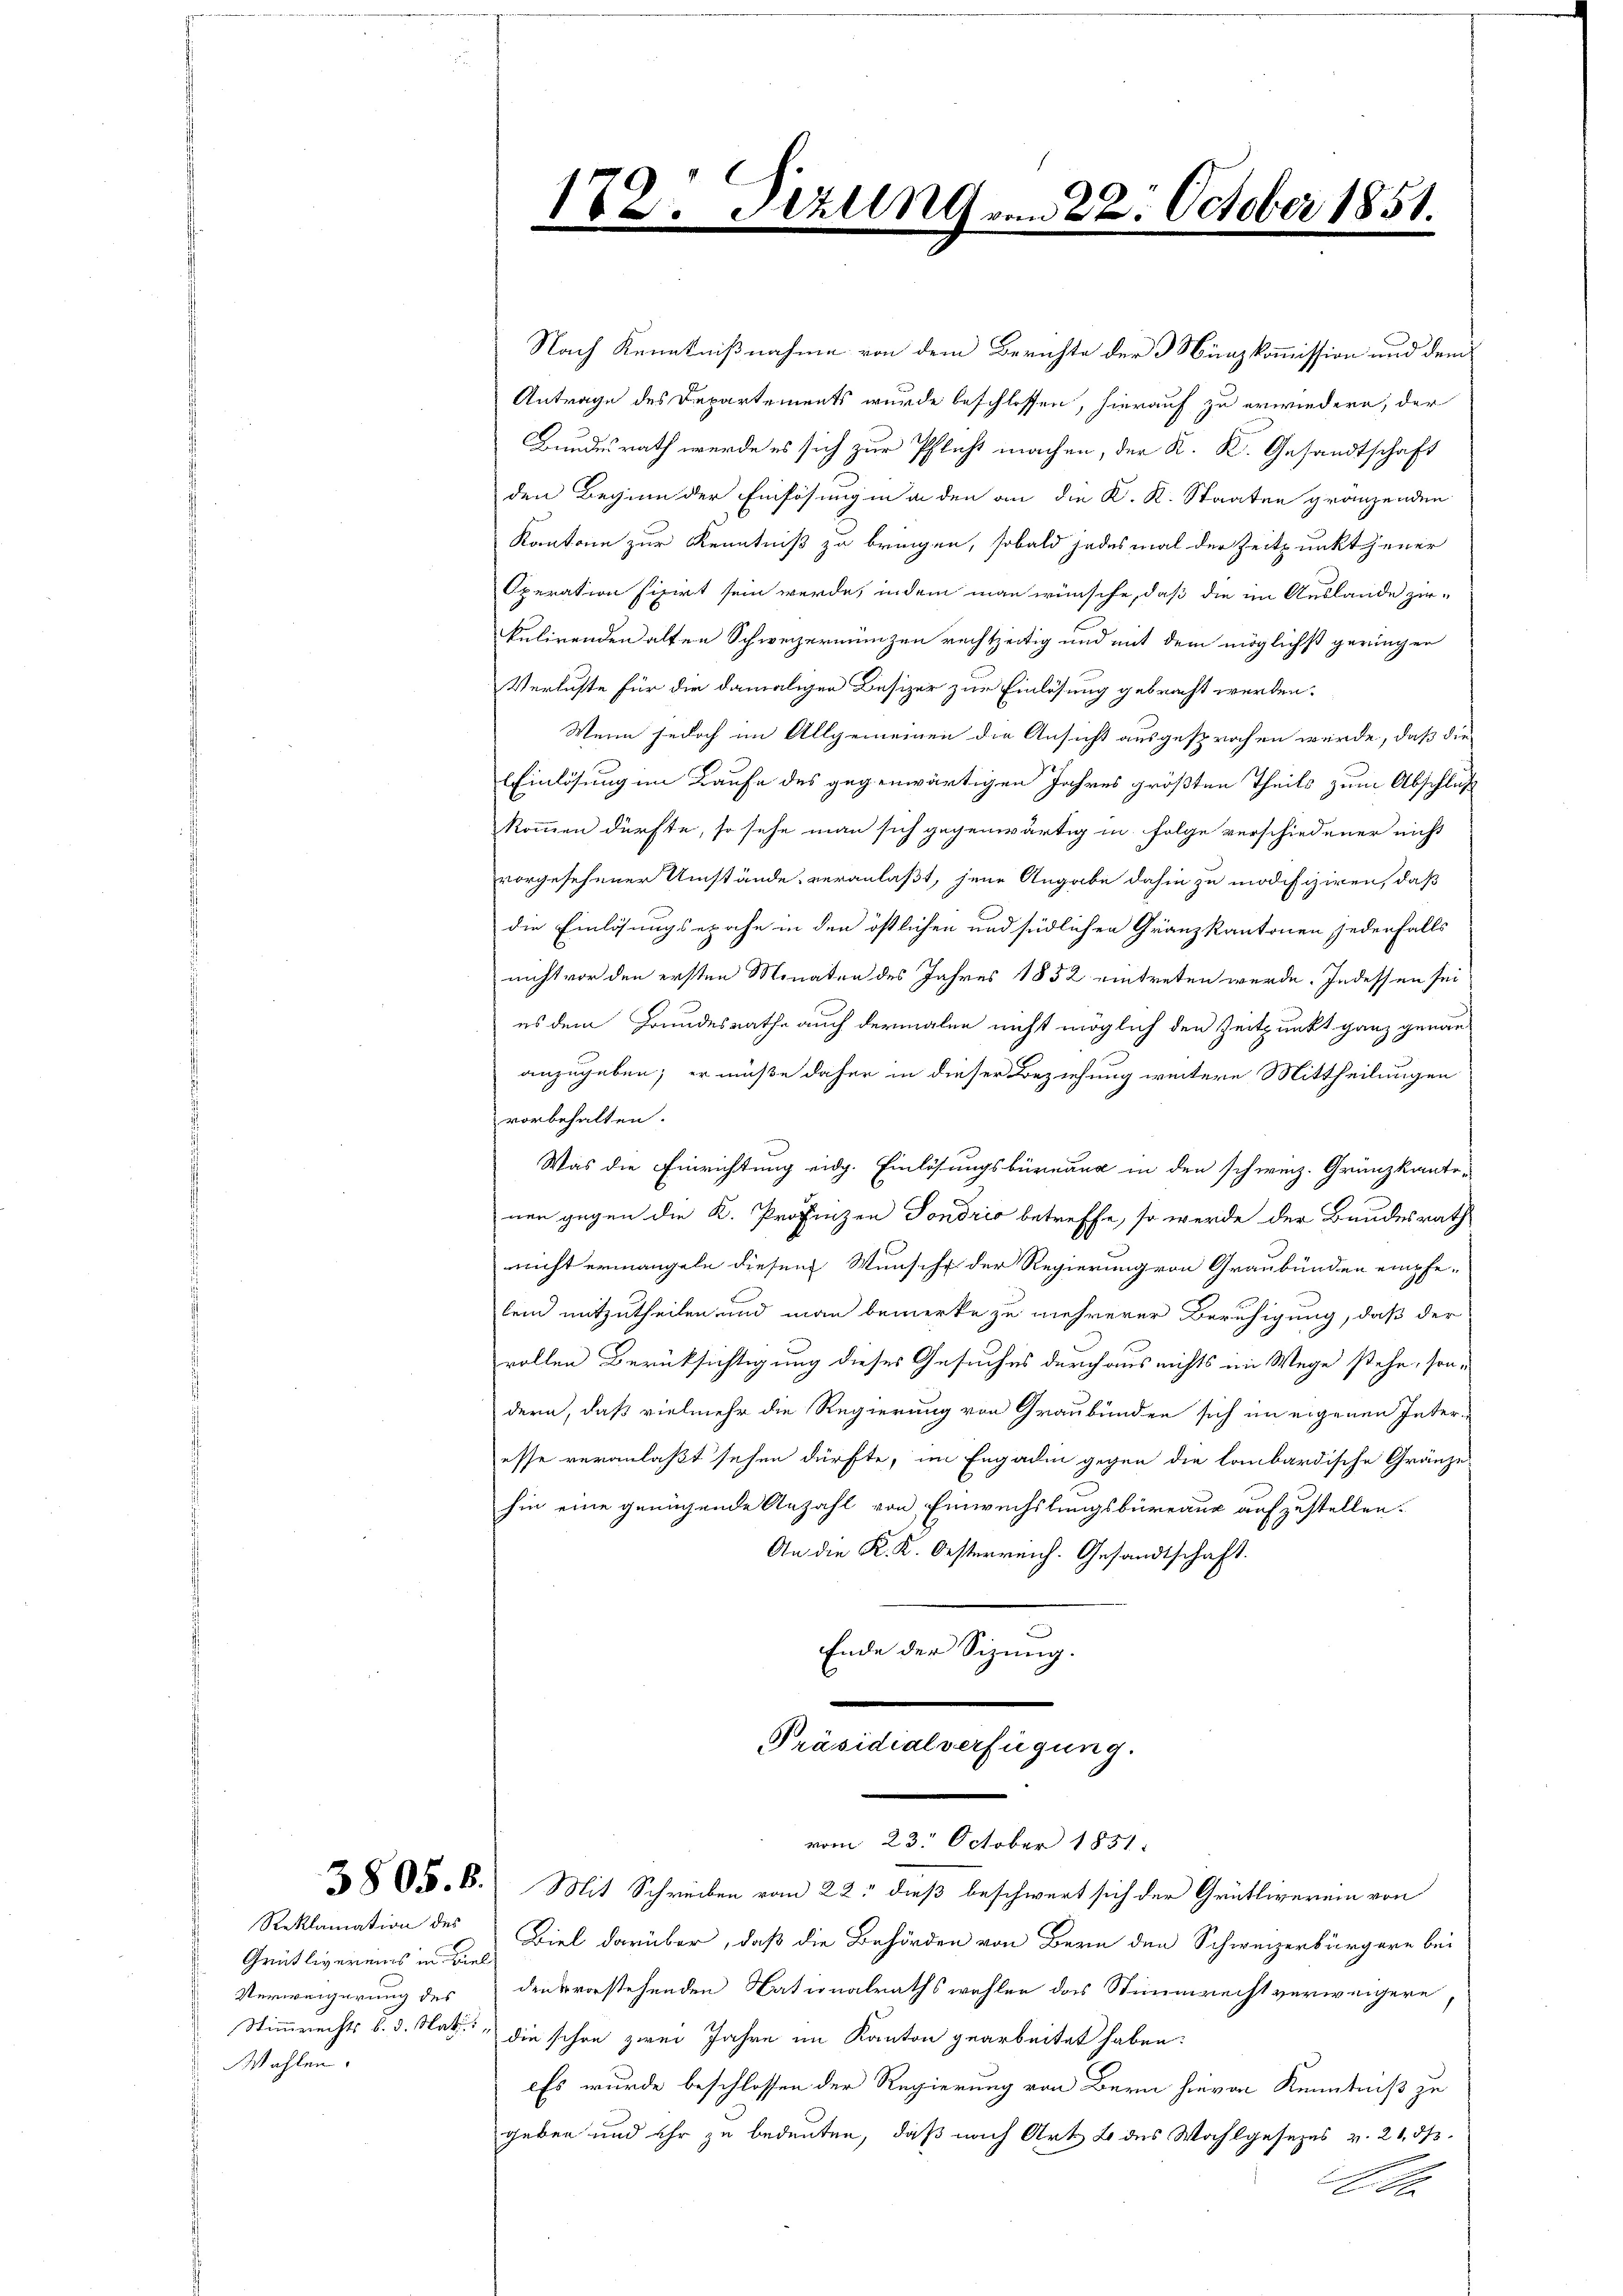
Reklamation des
Grütlivereins in Biel
Verweigerung des
Wahlen.

Nach Kenntnißnahme von dem Berichte der 3 Münzkommission und dem
Antrage des Departements wurde beschlossen, hierauf zu erwiedern, der
Bundesrath werde es sich zur Pflicht machen, der K. K. Gesandtschaft
den Beginn der Einlösung in an den an die K. K. Staaten gränzenden
Kantone zur Kenntniß zu bringen, sobald jedesmal der Zeitpunkt jener
Operation fixirt sein werde, indem man wünsche, daß die im Auslande ziekulirenden alten Schweizermünzen rechtzeitig und mit dem möglichst geringen
Verluste für die damaligen Besizer zur Einlösung gebracht werden.
Wenn jedoch im Allgemeinen die Ansicht ausgesprochen würde, daß die
EEinlösung im Kaufe des gegenwärtigen Jahres größten Theils zum Abschluß
kommen dürfte, so sehe man sich gegenwärtig in Folge verschiedener nicht
vorgesehener Umstände, veranlaßt, jene Angabe dahin zu modifiziren, daß
die Einlösungsepoche in den östlichen und südlichen Gränzkantonen jedenfalls
nicht vor den ersten Monaten des Jahres 1852 eintreten werde. Indessen sei
es dem Grundesrathe auch dermalen nicht möglich den Zeitpunkt ganz genau
anzugeben; er müße daher in dieser Beziehung weitere Mittheilungen
vorbehalten.
Was die Einrichtung eidg. Einlösungsbüreaux in den schweiz. Grünzkanto-
nen gegen die K. Profinzen Sondrio betreffe, so werde der Bundesrath
richt ermangeln diesem Wunsche der Regierung von Graubünden empfe-
lend mitzutheilen und man bemerke zu mehrerer Beruhigung, daß der
rollen Berüksichtigung dieses Gesuches durchaus nichts im Wege stehe, son-
dern, daß vielmehr die Regierung von Graubünden sich im eigenen Interesse veranlaßt sehen dürfte, im Engadin gegen die lombardische Gränze
hin eine genügende Anzahl von Einwechslungsbüreaux aufzustellen.
An die K. K. Oesterreich. Gesandtschaft.
Ende der Sizung.
Präsidialverfügung.

erlin vom 22. October 1851.
172.

285. 6. Mit Schreiben vom 22. dieß beschwert sich der Grütliverein von
Biel darüber, daß die Behörden von Bern den Schweizerbürgere bei
den vorstehenden Nationalrathswahlen das Stimmrecht verweigere,
Stimmrechts b. d. Nat. die schon zwei Jahre im Kanton gearbeitet haben:
Es wurde beschlossen der Regierung von Bern hievon Kenntniß zu
geben und ihr zu bedeuten, daß nach Art. 2 des Wahlgesezes v. 21, dh.
xx

vom 23. October 1851.